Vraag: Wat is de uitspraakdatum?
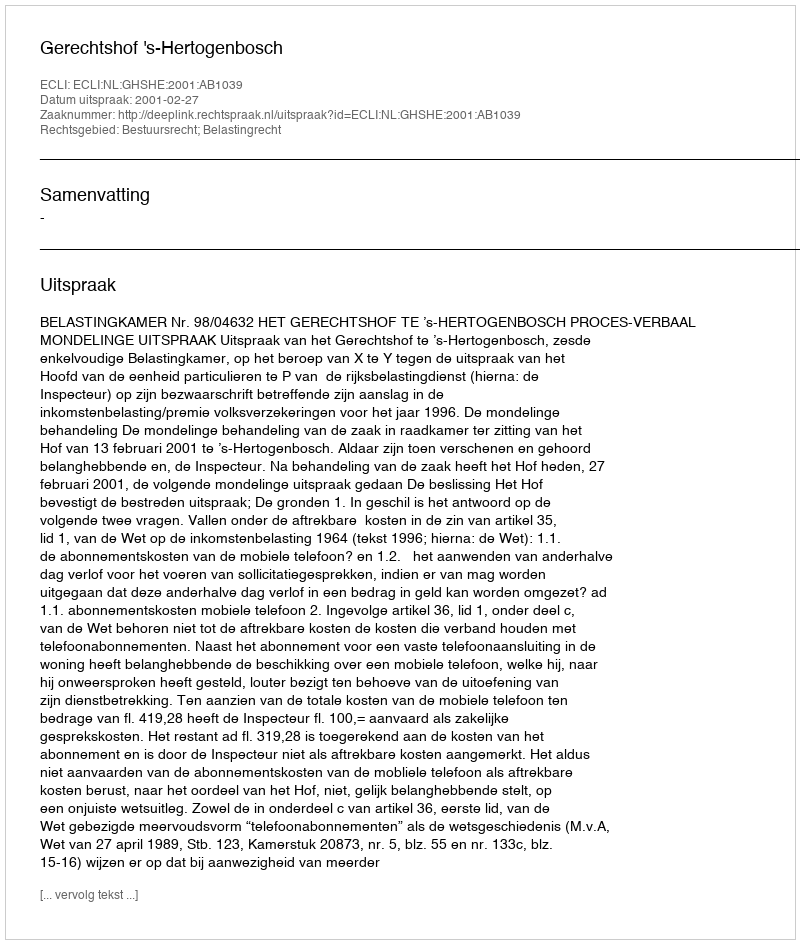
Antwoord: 2001-02-27